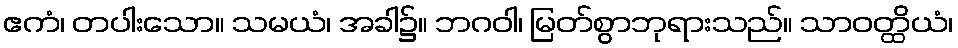
ဧကံ၊ တပါးသော။ သမယံ၊ အခါ၌။ ဘဂဝါ၊ မြတ်စွာဘုရားသည်။ သာဝတ္ထိယံ၊